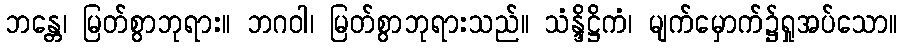
ဘန္တေ၊ မြတ်စွာဘုရား။ ဘဂဝါ၊ မြတ်စွာဘုရားသည်။ သံန္ဒိဋ္ဌိကံ၊ မျက်မှောက်၌ရှုအပ်သော။